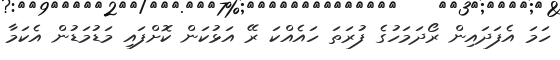
ހަމަ އެފަދައިން ރޯދަމަހުގެ ފުރަތަ ހައެއްކަ ރޭ އަޅުކަން ކޮށްފައި މަޑުމަޑުން އެކަމާ